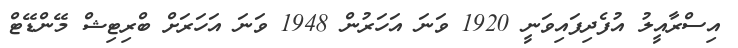
އިސްރާއީލު އުފެދިފައިވަނީ 1920 ވަނަ އަހަރުން 1948 ވަނަ އަހަރަށް ބްރިޓިޝް މޭންޑޭޓް